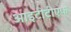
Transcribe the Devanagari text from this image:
आइटीटीएफ